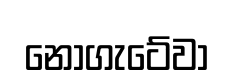
නොගැටේවා